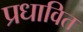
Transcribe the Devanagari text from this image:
प्रधावित